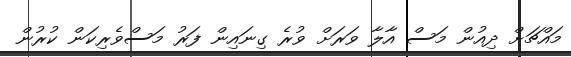
މައްޗަށް ދިއުން މަސް އާލާ ވަރަށް ވުރެ ގިނައިން ފަރު މަސްވެރިކަން ކުރުން